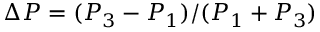
\Delta P = ( P _ { 3 } - P _ { 1 } ) / ( P _ { 1 } + P _ { 3 } )